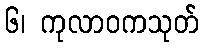
၆၊ ကုလာဝကသုတ်